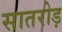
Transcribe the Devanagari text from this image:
सातरोड़